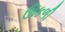
ઊકળી